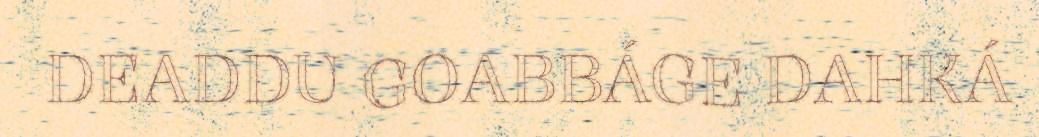
DEADDU GOABBÁGE DAHKÁ